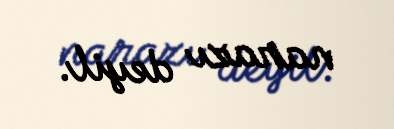
narazı deyil.